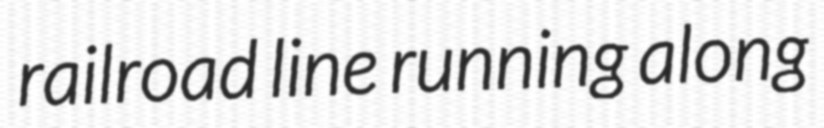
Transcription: railroad line running along